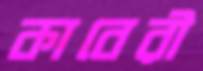
কাবেরী